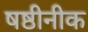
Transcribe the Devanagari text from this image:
षष्ठीनीक